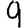
Digit: 9